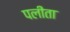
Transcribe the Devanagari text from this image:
पलीता